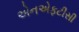
એનએફટીસી